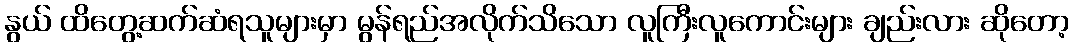
နွယ် ထိတွေ့ဆက်ဆံရသူများမှာ မွန်ရည်အလိုက်သိသော လူကြီးလူကောင်းများ ချည်းလား ဆိုတော့